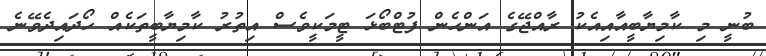
ބުނީ މި ކާމިޔާބީއާއިއެކު ރާއްޖޭގެ އަންހެން ފުޓްބޯޅަ ޓީމަކީވެސް އިތުރު ކާމިޔާބީތަކެއް ހޯދައިދެވޭނެ